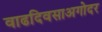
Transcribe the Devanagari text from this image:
वाढदिवसाअगोदर